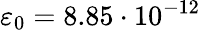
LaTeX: \varepsilon_{0}=8.85\cdot 10^{-12}